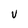
Character: V